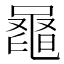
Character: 𪓕